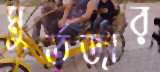
মুর্তজার